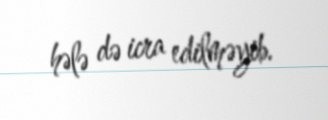
hələ də icra edilməyib.